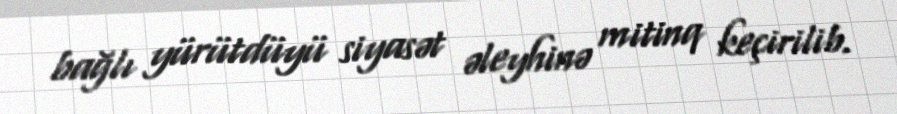
bağlı yürütdüyü siyasət əleyhinə mitinq keçirilib.